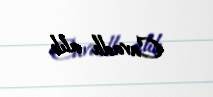
Cavadlı alıb.